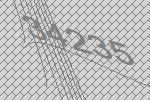
34235